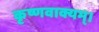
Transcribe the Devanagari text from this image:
कृष्णवाक्यम्।